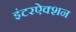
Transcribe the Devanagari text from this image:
इंटरऐक्शन